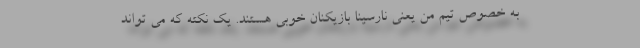
به خصوص تیم من یعنی نارسینا بازیکنان خوبی هستند. یک نکته که می تواند